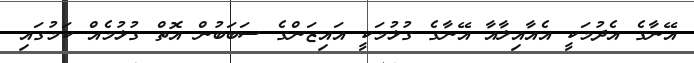
އޭނާގެ އެދުމަކީ އެއާއިލާއާ އޭނާގެ ގުޅުމަކީ އައިޒަންގެ ސަބަބުން އޮތް ގުޅުމެއް ކަމުގައި